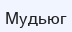
Мудьюг